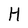
Character: H